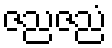
ဇညဇညံ